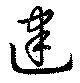
建